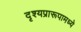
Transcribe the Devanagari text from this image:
दृश्यप्रारूपामध्ये